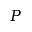
P